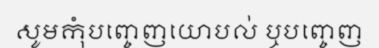
សូមកុំបញ្ចេញយោបល់ ឬបញ្ចេញ